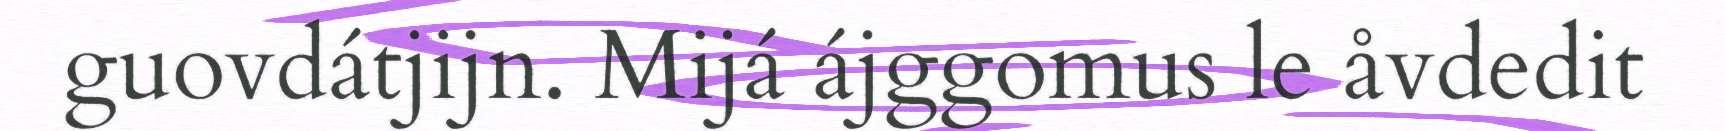
guovdátjijn. Mijá ájggomus le åvdedit